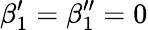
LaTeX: \beta_{1}^{\prime}=\beta_{1}^{\prime\prime}=0